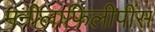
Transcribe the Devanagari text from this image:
मनीलाफिलीपींस